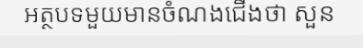
អត្ថបទមួយមានចំណងជើងថា សួន